NAE_EAA_P-1050_Enda_Kallas, lk 15
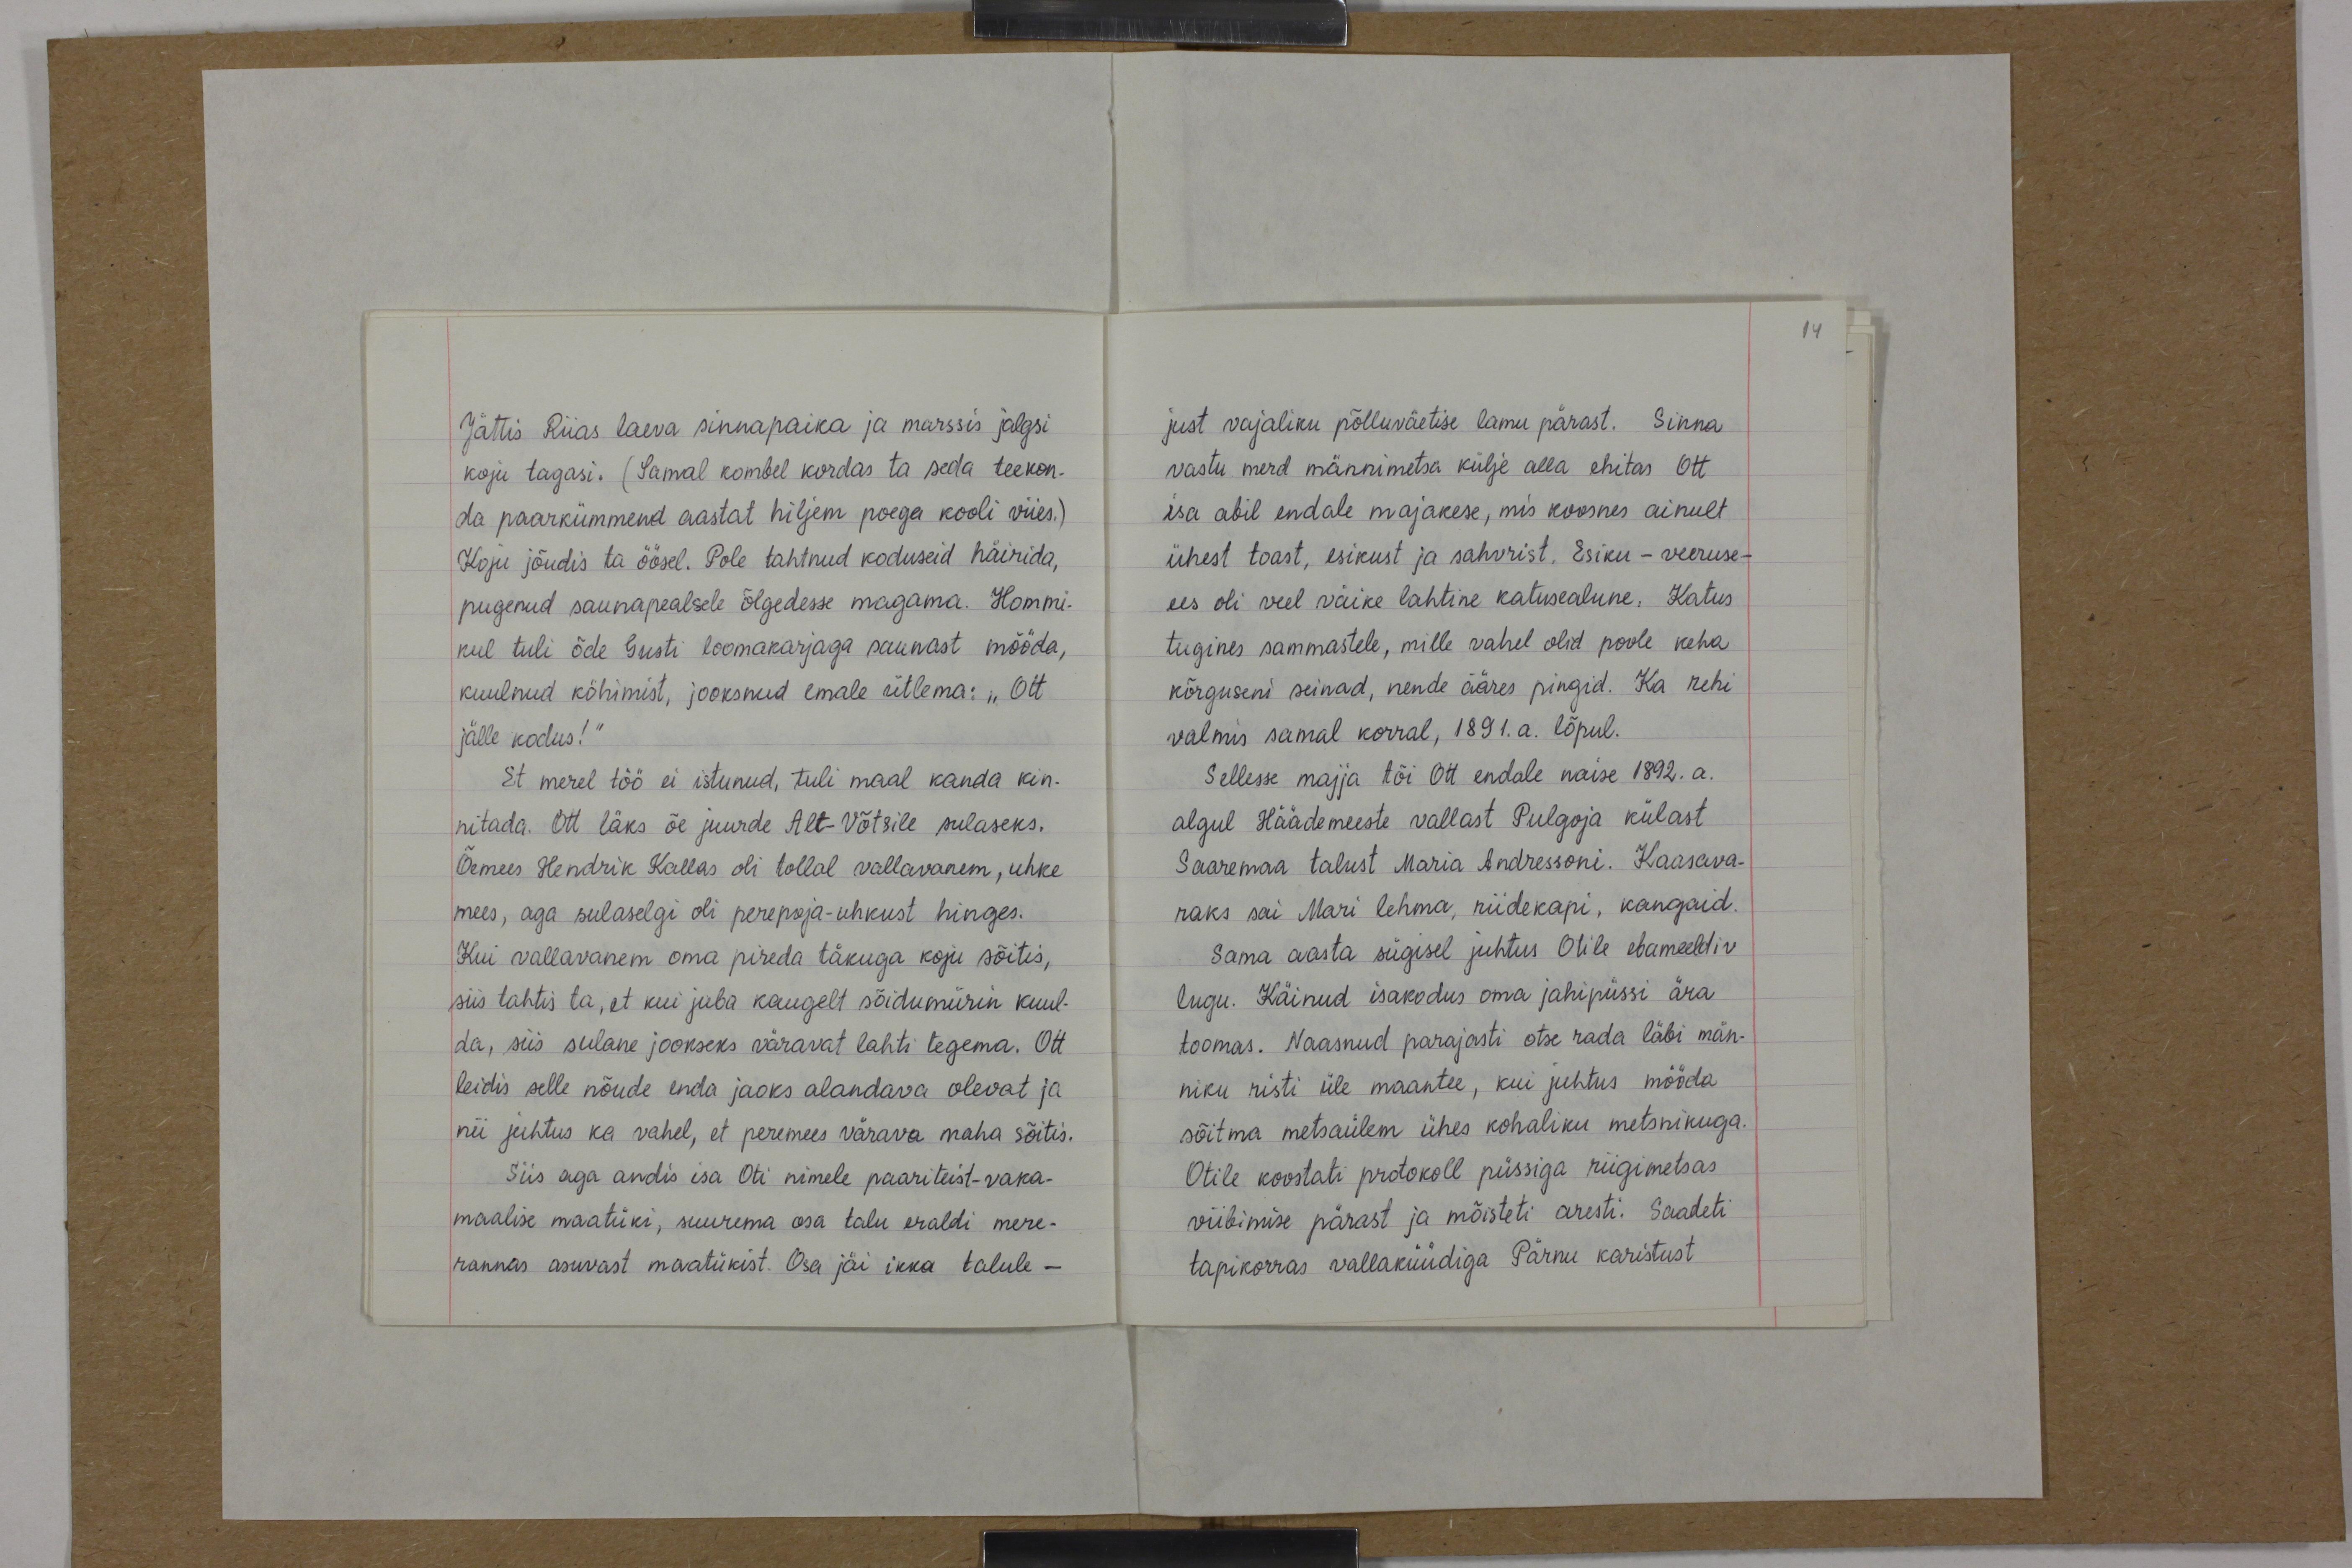
Jättis Riias laeva sinnapaika ja marssis jalgsi
koju tagasi. (Samal kombel kordas ta seda teekon-
da paarkümmend aastat hiljem poega kooli viies.)
Koju jõudis ta öösel. Pole tahtnud koduseid häirida,
pugenud saunapealsele õlgedesse magama. Hommi-
kul tuli õde Gusti loomakarjaga saunast mööda,
kuulnud köhimist, jooksnud emale ütlema: "Ott
jälle kodus!"
Et merel töö ei istunud, tuli maal kanda kin-
nitada. Ott läks õe juurde Alt-Võtsile sulaseks.
Õemees Hendrik Kallas oli tollal vallavanem, uhke
mees, aga sulaselgi oli perepoja-uhkust hinges.
Kui vallavanem oma pireda täkuga koju sõitis,
siis tahtis ta, et kui juba kaugelt sõidumürin kuul-
da, siis sulane jookseks väravat lahti tegema. Ott
leidis selle nõude enda jaoks alandava olevat ja
nii juhtus ka vahel, et peremees värava maha sõitis.
Siis aga andis isa Oti nimele paariteist-vaka-
maalise maatüki, suurema osa talu eraldi mere-
rannas asuvast maatükist. Osa jäi ikka talule -

just vajaliku põlluväetise lamu pärast. Sinna
vastu merd männimetsa külje alla ehitas Ott
isa abil endale majakese, mis koosnes ainult
ühest toast, esikust ja sahvrist. Esiku - veeruse-
ees oli veel väike lahtine katusealune. Katus
tugines sammastele, mille vahel olid poole keha
kõrguseni seinad, nende ääres pingid. Ka rehi
valmis samal korral, 1891. a. lõpul.
Sellesse majja tõi Ott endale naise 1892. a.
algul Häädemeeste vallast Pulgoja külast
Saaremaa talust Maria Andressoni. Kaasava-
raks sai Mari lehma, riidekapi, kangaid.
Sama aasta sügisel juhtus Otile ebameeldiv
lugu. Käinud isakodus oma jahipüssi ära
toomas. Naasnud parajasti otse rada läbi män-
niku risti üle maantee, kui juhtus mööda
sõitma metsaülem ühes kohaliku metsnikuga.
Otile koostati protokoll püssiga riigimetsas
viibimise pärast ja mõisteti aresti. Saadeti
tapikorras vallaküüdiga Pärnu karistust